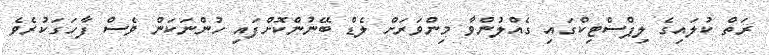
ރަތް ކުލައިގެ ލިޕްސްޓިކްގައި ގެއްލުންވާ މިންވަރަށް ލެޑް ބޭނުންކޮށްފައި ހުންނަކަން ވެސް ފާހަގަކުރެވެ